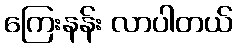
ကြေးနန်း လာပါတယ်